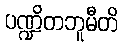
ပဏ္ဍိတဘူမီတိ